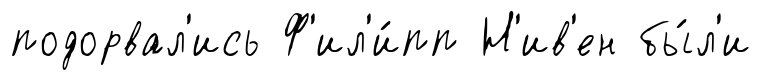
подорвал'ись Ф'ил'и́пп Н'ив'ен бы́л'и